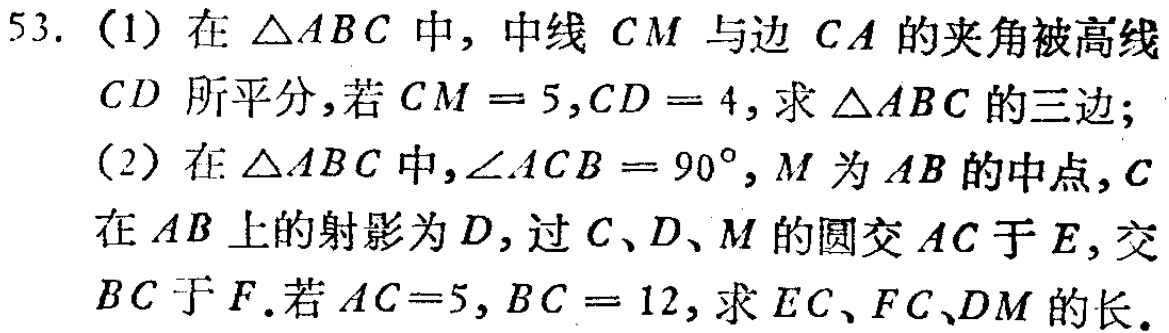
53. (1) 在 \(\triangle ABC\) 中, 中线 \(CM\) 与边 \(CA\) 的夹角被高线 \(CD\) 所平分, 若 \(CM = 5,CD = 4\), 求 \(\triangle ABC\) 的三边;
(2) 在 \(\triangle ABC\) 中, \(\angle ACB = 90^{\circ},M\) 为 \(AB\) 的中点, \(C\) 在 \(AB\) 上的射影为 \(D\), 过 \(C、D、M\) 的圆交 \(AC\) 于 \(E\), 交 \(BC\) 于 \(F\). 若 \(AC = 5,BC = 12\), 求 \(EC、FC、DM\) 的长.